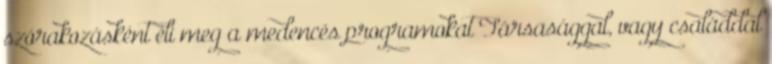
szórakozásként éli meg a medencés programokat Társasággal, vagy családdal